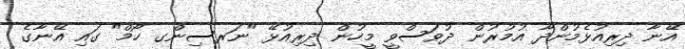
އޭނާ ދިރިއުޅެމުންދާ އުމުރުން ދުވަސްވީ މީހުން ދިރިއުޅޭ "ނަރސިންގ ހޯމް" ގައި އޭނާގެ